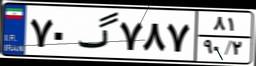
۳۰گ۱۷۵۲۶